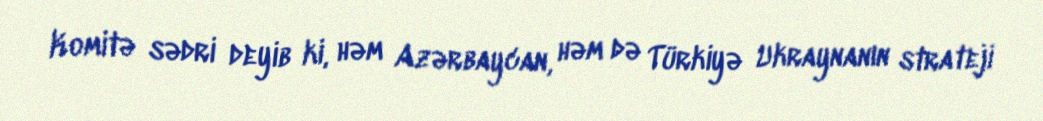
Komitə sədri deyib ki, həm Azərbaycan, həm də Türkiyə Ukraynanın strateji